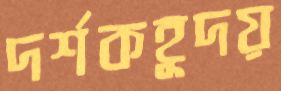
দর্শকহূদয়